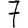
Digit: 7